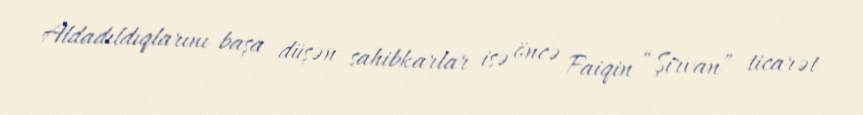
Aldadıldıqlarını başa düşən sahibkarlar isə öncə Faiqin “Şirvan” ticarət